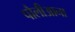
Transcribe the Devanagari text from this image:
पौलीआना